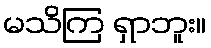
မသိကြ ရှာဘူး။